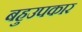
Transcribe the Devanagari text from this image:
बहुउपकार